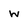
Character: w